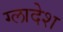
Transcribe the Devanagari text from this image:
ग्लादेश